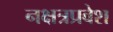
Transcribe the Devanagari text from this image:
नक्षत्रप्रवेश